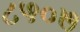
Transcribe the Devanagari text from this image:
८५०७